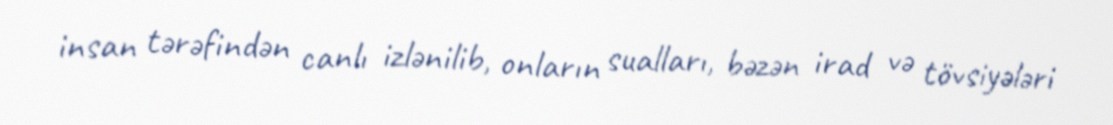
insan tərəfindən canlı izlənilib, onların sualları, bəzən irad və tövsiyələri